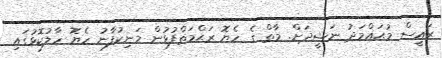
ރައީސް މުޙައްމަދު ނަޝީދަށް. މާތް ގެ ހެޔޮ ރަޙްމަތްފުޅުން މަނިކުފާނު ހެޔޮ ހާލުކޮޅުގައި